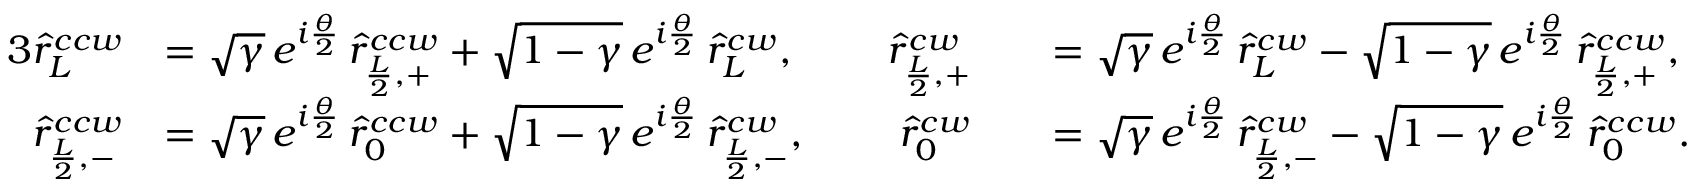
\begin{array} { r l r l } { { 3 } \hat { r } _ { L } ^ { c c w } } & { = \sqrt { \gamma } \, e ^ { i \frac { \theta } { 2 } } \, \hat { r } _ { \frac { L } { 2 } , + } ^ { c c w } + \sqrt { 1 - \gamma } \, e ^ { i \frac { \theta } { 2 } } \, \hat { r } _ { L } ^ { c w } , \; \; \; \; \; \; \; \; \hat { r } _ { \frac { L } { 2 } , + } ^ { c w } } & & { = \sqrt { \gamma } \, e ^ { i \frac { \theta } { 2 } } \, \hat { r } _ { L } ^ { c w } - \sqrt { 1 - \gamma } \, e ^ { i \frac { \theta } { 2 } } \, \hat { r } _ { \frac { L } { 2 } , + } ^ { c c w } , } \\ { \hat { r } _ { \frac { L } { 2 } , - } ^ { c c w } } & { = \sqrt { \gamma } \, e ^ { i \frac { \theta } { 2 } } \, \hat { r } _ { 0 } ^ { c c w } + \sqrt { 1 - \gamma } \, e ^ { i \frac { \theta } { 2 } } \, \hat { r } _ { \frac { L } { 2 } , - } ^ { c w } , \; \; \; \; \; \; \; \; \hat { r } _ { 0 } ^ { c w } } & & { = \sqrt { \gamma } \, e ^ { i \frac { \theta } { 2 } } \, \hat { r } _ { \frac { L } { 2 } , - } ^ { c w } - \sqrt { 1 - \gamma } \, e ^ { i \frac { \theta } { 2 } } \, \hat { r } _ { 0 } ^ { c c w } . } \end{array}